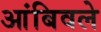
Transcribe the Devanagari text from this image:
आंबिवले